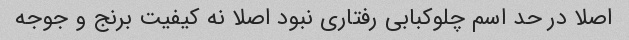
اصلا در حد اسم چلوکبابی رفتاری نبود اصلا نه کیفیت برنج و جوجه